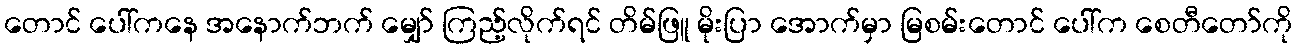
တောင် ပေါ်ကနေ အနောက်ဘက် မျှော် ကြည့်လိုက်ရင် တိမ်ဖြူ မိုးပြာ အောက်မှာ မြစမ်းတောင် ပေါ်က စေတီတော်ကို